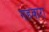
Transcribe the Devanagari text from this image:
गहवारा